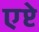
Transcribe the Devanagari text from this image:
एप्टे